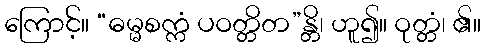
ကြောင့်။ “ဓမ္မစက္ကံ ပဝတ္တိတ”န္တိ၊ ဟူ၍။ ဝုတ္တံ၊ ၏။